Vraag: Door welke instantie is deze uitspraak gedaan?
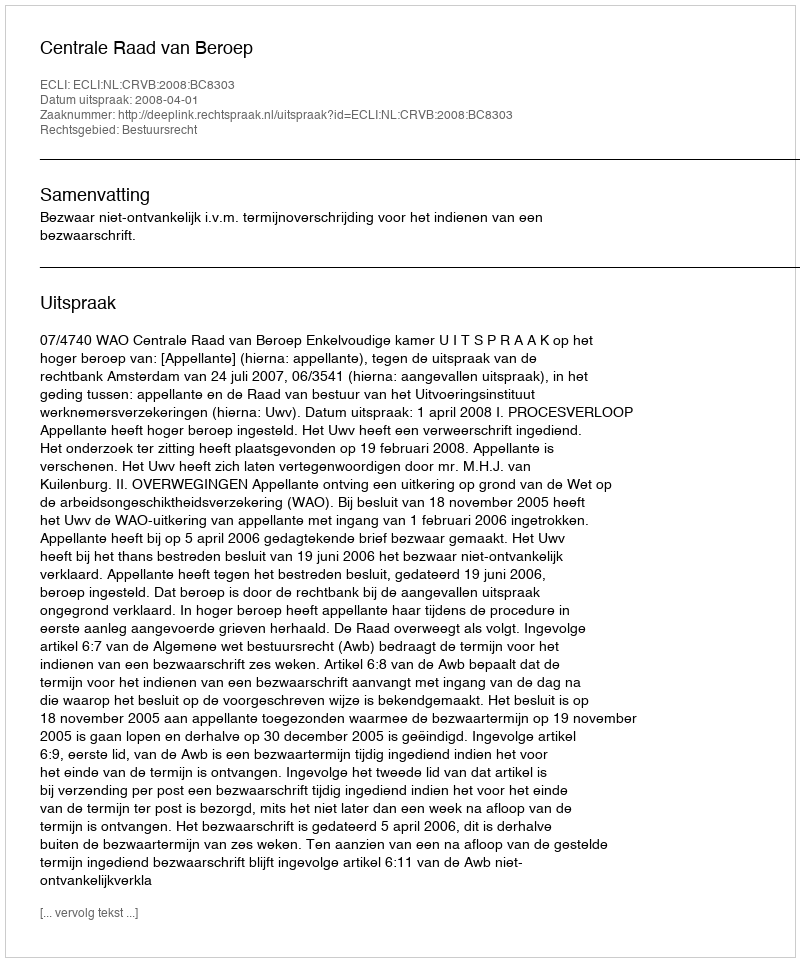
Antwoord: Centrale Raad van Beroep